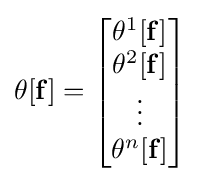
\theta [\mathbf {f} ]={\begin{bmatrix}\theta ^{1}[\mathbf {f} ]\\\theta ^{2}[\mathbf {f} ]\\\vdots \\\theta ^{n}[\mathbf {f} ]\end{bmatrix}}